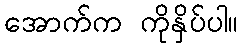
အောက်က ကိုနှိပ်ပါ။